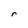
Character: r